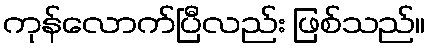
ကုန်လောက်ပြီလည်း ဖြစ်သည်။